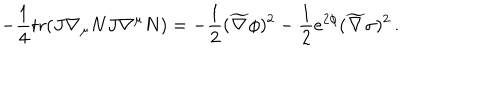
- { \frac { 1 } { 4 } } \mathrm { t r } ( J \nabla _ { \mu } N J \nabla ^ { \mu } N ) = - { \frac { 1 } { 2 } } ( \widetilde \nabla \phi ) ^ { 2 } - { \frac { 1 } { 2 } } e ^ { 2 \phi } ( \widetilde \nabla \sigma ) ^ { 2 } \, .